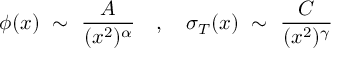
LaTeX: \phi ( x ) ~ \sim ~ \frac { A } { ( x ^ { 2 } ) ^ { \alpha } } ~ ~ ~ , ~ ~ ~ \sigma _ { T } ( x ) ~ \sim ~ \frac { C } { ( x ^ { 2 } ) ^ { \gamma } }